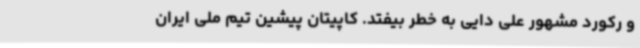
و رکورد مشهور علی دایی به‌ خطر بیفتد. کاپیتان پیشین تیم‌ ملی ایران